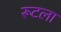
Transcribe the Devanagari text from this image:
रूटला